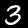
Label: 3